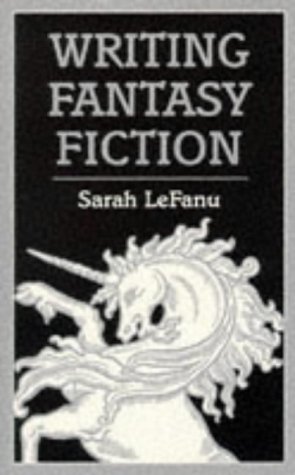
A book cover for Writing Fantasy Fiction (Books for Writers); Sarah Lefanu; Science Fiction & Fantasy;